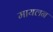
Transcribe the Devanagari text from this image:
मायलन